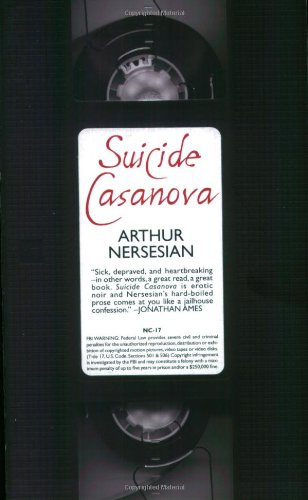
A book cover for Suicide Casanova; Arthur Nersesian; Romance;